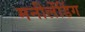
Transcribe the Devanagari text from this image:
मनीलेंडिंग